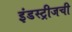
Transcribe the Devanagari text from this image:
इंडस्ट्रीजची